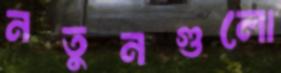
নতুনগুলো